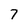
Character: 7